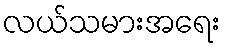
လယ်သမားအရေး